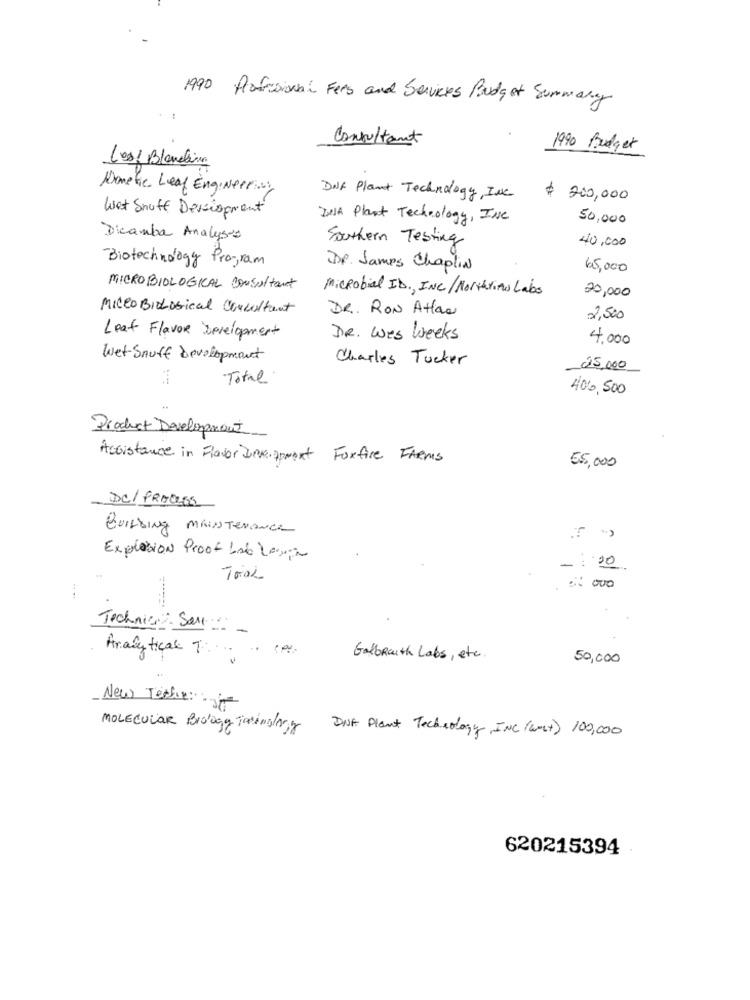
1990
Profesional Fees and Services Budget Summary
Consultant
1990 Budget
Les/ Blanclina
Dometic Leaf Engineer ..
Dalf Plant Technology, INC
$ 200,000
Wat Snuff Deveiopment
ZUJA Plant Technology, INC
50,000
Dicamba Analyses
Southern Testing
40,000
Biotechnology Program
DR. James Chaplin
65,000
MICRO BIOLOGICAL Consultant
microbial ID ., INC/ NorthriAs Labs
20,000
MICRO Biological Consultant
DR. RON Attav
2,500
Leaf Flavor Development
DR. was Weeks
4,000
Wet Snuff development
Charles Tucker
25,000
Total
406,500
Product Development
Accistance in Flavor Junk porent Foxfire FARms
55,000
DC/ PROCESS
Building MAINTENANCE
Explosion Proof bab Lespa
-: 20
TOOL
. 22000
Technics San:
Analytical T ....
..
Galbraith Labs, etc.
50,000
New Teche:
MOLECULAR Biology TakingAny
DNA Plant Technology, INC (west) 100,000
620215394